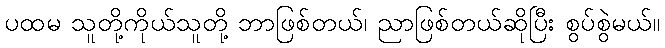
ပထမ သူတို့ကိုယ်သူတို့ ဘာဖြစ်တယ်၊ ညာဖြစ်တယ်ဆိုပြီး စွပ်စွဲမယ်။